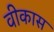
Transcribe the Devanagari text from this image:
वीकास